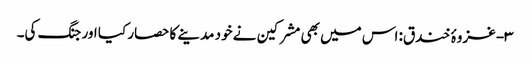
۳- غزوۂ خندق: اس میں بھی مشرکین نے خود مدینے کا حصار کیا اور جنگ کی۔